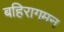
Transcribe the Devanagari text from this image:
बहिरागमन